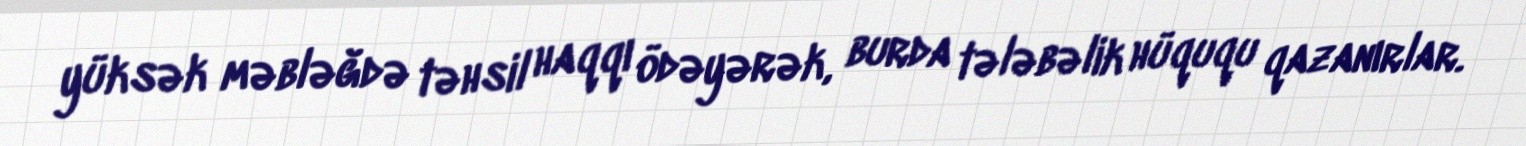
yüksək məbləğdə təhsil haqqı ödəyərək, burda tələbəlik hüququ qazanırlar.